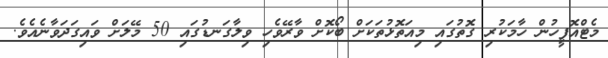
މެޓްއޮފީހުން ހާމަކުރި ގޮތުގައި މިއަތޮޅުތަކަށް ބޯކޮށް ވާރޭވެހި ވިލާގަނޑުގައި 50 މޭލަށް ވައިގަދަވާނެއެވެ.